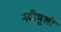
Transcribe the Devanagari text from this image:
नदीमुखों